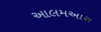
આલમઅારા